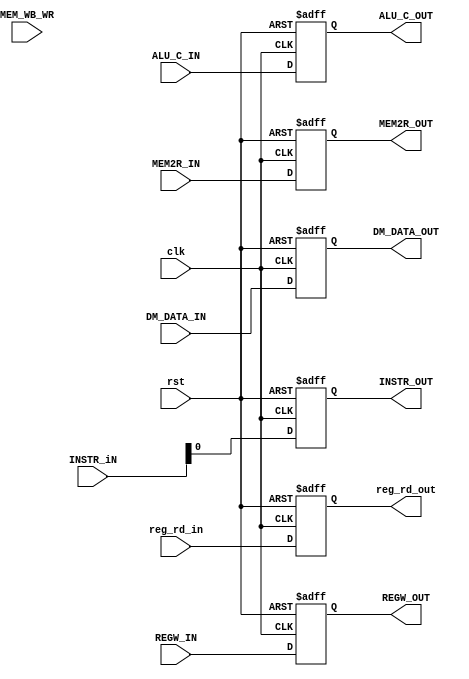
module MEM_WB (clk, rst, MEM_WB_WR, ALU_C_IN,ALU_C_OUT,DM_DATA_IN,DM_DATA_OUT,reg_rd_in,INSTR_iN,INSTR_OUT,reg_rd_out,REGW_IN,REGW_OUT,
                MEM2R_IN,MEM2R_OUT);
               
   input         clk;
   input         rst;
   input         MEM_WB_WR; 
   input  [31:0] ALU_C_IN;
   input  [31:0] DM_DATA_IN;
   input  [4:0] reg_rd_in;
   input  REGW_IN;
   input  MEM2R_IN;
   input [31:0] INSTR_iN;

   output reg [31:0] DM_DATA_OUT;
   output reg [31:0] ALU_C_OUT;
   output reg [4:0] reg_rd_out;
   output reg REGW_OUT;
   output reg MEM2R_OUT;
   output reg INSTR_OUT;

               
   always @(posedge clk or posedge rst) begin
      if ( rst ) 
        begin
            ALU_C_OUT<= 0;
            DM_DATA_OUT<= 0;
            reg_rd_out<= 0;
            REGW_OUT<= 0;
            MEM2R_OUT<= 0;
            INSTR_OUT<=0;
        end
      else //if (IRWr)
        begin
            ALU_C_OUT<=ALU_C_IN;
            DM_DATA_OUT<= DM_DATA_IN;
            reg_rd_out<= reg_rd_in;
            REGW_OUT<= REGW_IN;
            MEM2R_OUT<= MEM2R_IN;
            INSTR_OUT<=INSTR_iN;
        end
   end // end always
      
endmodule